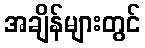
အချိန်များတွင်